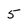
Character: 5